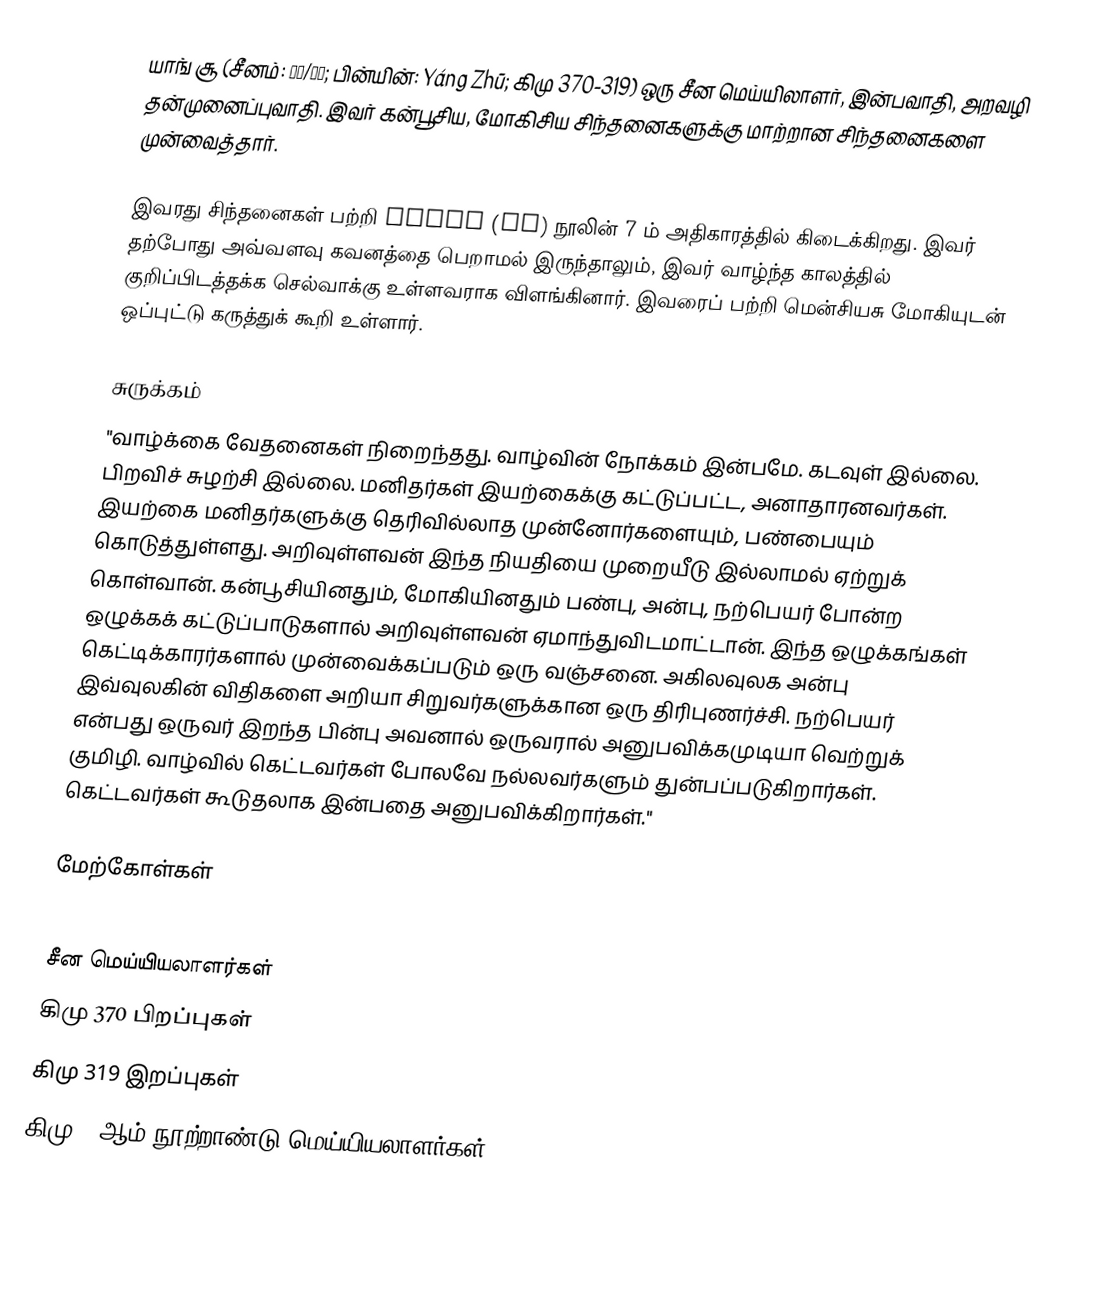
யாங் சூ (சீனம்: 楊朱/杨朱; பின்யின்: Yáng Zhū; கிமு 370-319) ஒரு சீன மெய்யிலாளர், இன்பவாதி, அறவழி தன்முனைப்புவாதி.  இவர் கன்பூசிய, மோகிசிய சிந்தனைகளுக்கு மாற்றான சிந்தனைகளை முன்வைத்தார்.

இவரது சிந்தனைகள் பற்றி Liezi (列子) நூலின் 7 ம் அதிகாரத்தில் கிடைக்கிறது.  இவர் தற்போது அவ்வளவு கவனத்தை பெறாமல் இருந்தாலும், இவர் வாழ்ந்த காலத்தில் குறிப்பிடத்தக்க செல்வாக்கு உள்ளவராக விளங்கினார்.  இவரைப் பற்றி மென்சியசு மோகியுடன் ஒப்புட்டு கருத்துக் கூறி உள்ளார்.

சுருக்கம்
"வாழ்க்கை வேதனைகள் நிறைந்தது.  வாழ்வின் நோக்கம் இன்பமே.  கடவுள் இல்லை.  பிறவிச் சுழற்சி இல்லை.  மனிதர்கள் இயற்கைக்கு கட்டுப்பட்ட, அனாதாரனவர்கள்.  இயற்கை மனிதர்களுக்கு தெரிவில்லாத முன்னோர்களையும், பண்பையும் கொடுத்துள்ளது.  அறிவுள்ளவன் இந்த நியதியை முறையீடு இல்லாமல் ஏற்றுக் கொள்வான்.  கன்பூசியினதும், மோகியினதும் பண்பு, அன்பு, நற்பெயர் போன்ற ஒழுக்கக் கட்டுப்பாடுகளால் அறிவுள்ளவன் ஏமாந்துவிடமாட்டான்.  இந்த ஒழுக்கங்கள் கெட்டிக்காரர்களால் முன்வைக்கப்படும் ஒரு வஞ்சனை.  அகிலவுலக அன்பு இவ்வுலகின் விதிகளை அறியா சிறுவர்களுக்கான ஒரு திரிபுணர்ச்சி.  நற்பெயர் என்பது ஒருவர் இறந்த பின்பு அவனால் ஒருவரால் அனுபவிக்கமுடியா வெற்றுக் குமிழி.  வாழ்வில் கெட்டவர்கள் போலவே நல்லவர்களும் துன்பப்படுகிறார்கள்.  கெட்டவர்கள் கூடுதலாக இன்பதை அனுபவிக்கிறார்கள்."

மேற்கோள்கள்

சீன மெய்யியலாளர்கள்
கிமு 370 பிறப்புகள்
கிமு 319 இறப்புகள்
கிமு 4 ஆம் நூற்றாண்டு மெய்யியலாளர்கள்